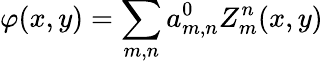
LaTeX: \varphi(x,y)=\sum_{m,n}a_{m,n}^{0}Z_{m}^{n}(x,y)